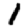
Digit: 1